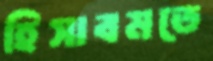
হিসাবমতে